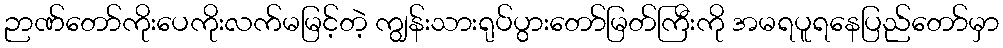
ဉာဏ်တော်ကိုးပေကိုးလက်မမြင့်တဲ့ ကျွန်းသားရုပ်ပွားတော်မြတ်ကြီးကို အမရပူရနေပြည်တော်မှာ